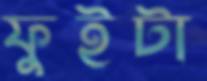
ফুইটা